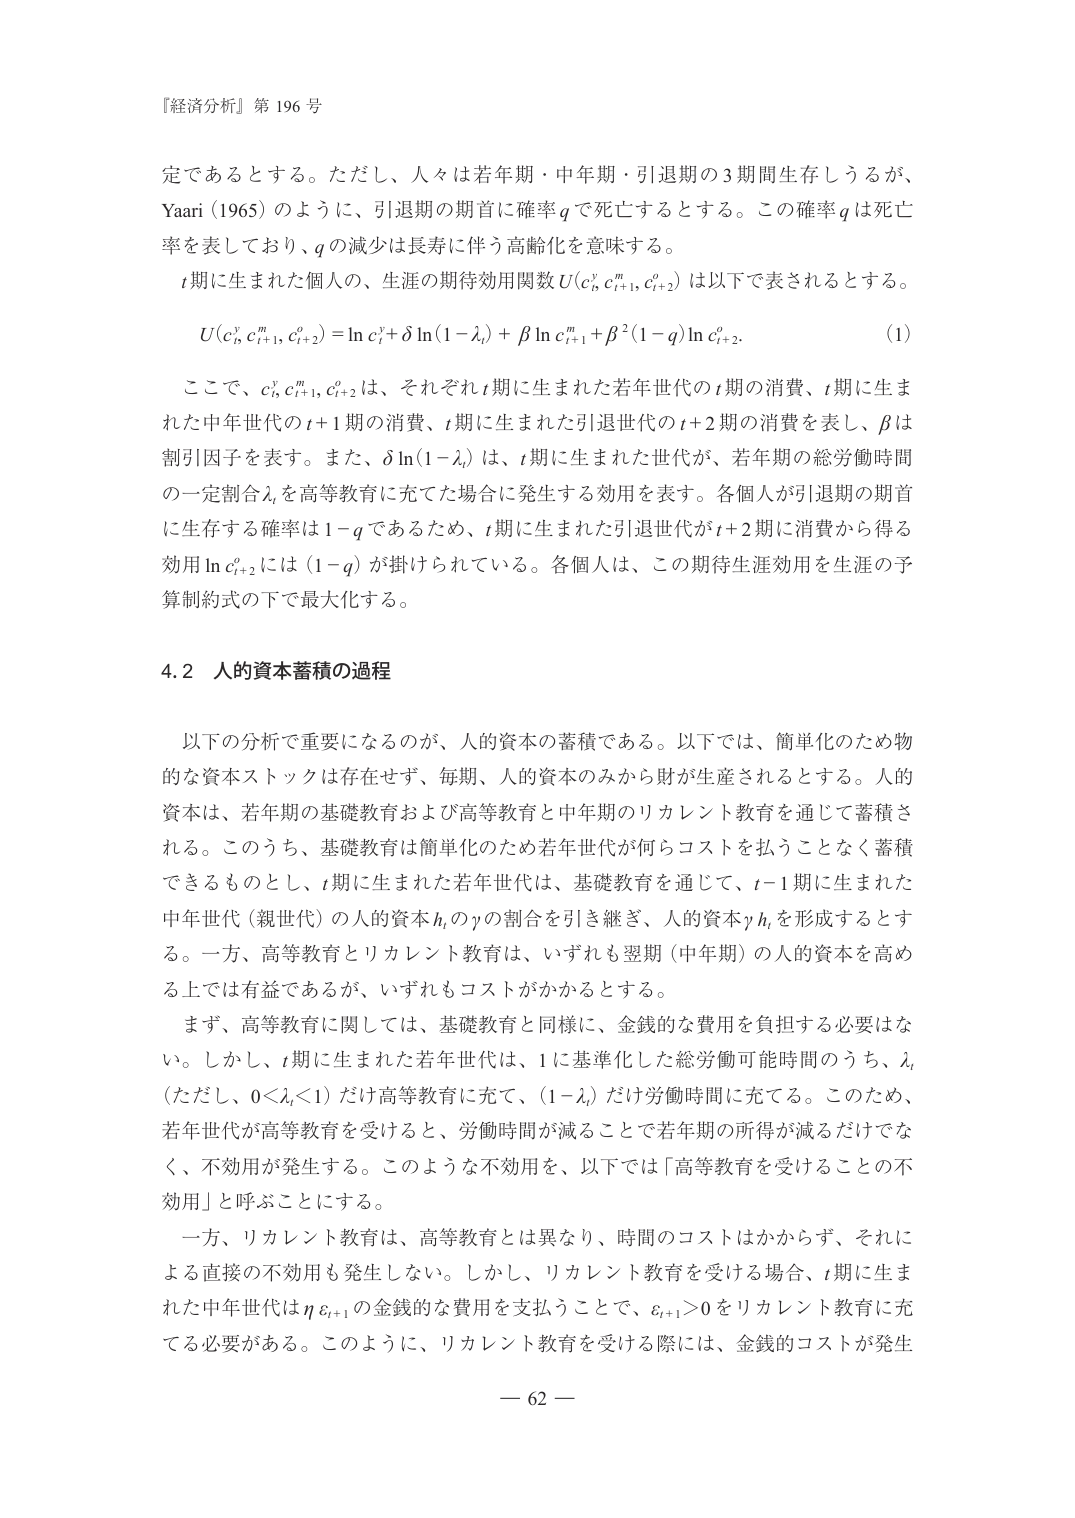
『経済分析』第 196 号

定であるとする。ただし、人々は若年期・中年期・引退期の3期間生存しうるが、Yaari（1965）のように、引退期の期首に確率 q で死亡するとする。この確率 q は死亡率を表しており、q の減少は長寿に伴う高齢化を意味する。

t 期に生まれた個人の、生涯の期待効用関数 U(c_t^y, c_{t+1}^m, c_{t+2}^o) は以下で表されるとする。

U(c_t^y, c_{t+1}^m, c_{t+2}^o) = ln c_t^y + δ ln(1−λ_t) + β ln c_{t+1}^m + β^2(1−q) ln c_{t+2}^o.　　(1)

ここで、c_t^y, c_{t+1}^m, c_{t+2}^o は、それぞれ t 期に生まれた若年世代の t 期の消費、t 期に生まれた中年世代の t+1 期の消費、t 期に生まれた引退世代の t+2 期の消費を表し、β は割引因子を表す。また、δ ln(1−λ_t) は、t 期に生まれた世代が、若年期の総労働時間の一定割合 λ_t を高等教育に充てた場合に発生する効用を表す。各個人が引退期の期首に生存する確率は 1−q であるため、t 期に生まれた引退世代が t+2 期に消費から得る効用 ln c_{t+2}^o には (1−q) が掛けられている。各個人は、この期待生涯効用を生涯の予算制約式の下で最大化する。

4.2 人的資本蓄積の過程

以下の分析で重要になるのが、人的資本の蓄積である。以下では、簡単化のため物的な資本ストックは存在せず、毎期、人的資本のみから財が生産されるとする。人的資本は、若年期の基礎教育および高等教育と中年期のリカレント教育を通じて蓄積される。このうち、基礎教育は簡単化のため若年世代が何らコストを払うことなく蓄積できるものとし、t 期に生まれた若年世代は、基礎教育を通じて、t−1 期に生まれた中年世代（親世代）の人的資本 h_t の γ の割合を引き継ぎ、人的資本 γ h_t を形成するとする。一方、高等教育とリカレント教育は、いずれも翌期（中年期）の人的資本を高める上では有益であるが、いずれもコストがかかるとする。

まず、高等教育に関しては、基礎教育と同様に、金銭的な費用を負担する必要はない。しかし、t 期に生まれた若年世代は、1 に基準化した総労働可能時間のうち、λ_t（ただし、0<λ_t<1）だけ高等教育に充て、(1−λ_t) だけ労働時間に充てる。このため、若年世代が高等教育を受けると、労働時間が減ることで若年期の所得が減るだけでなく、不効用が発生する。このような不効用を、以下では「高等教育を受けることの不効用」と呼ぶことにする。

一方、リカレント教育は、高等教育とは異なり、時間のコストはかからず、それによる直接の不効用も発生しない。しかし、リカレント教育を受ける場合、t 期に生まれた中年世代は η e_{t+1} の金銭的な費用を支払うことで、e_{t+1}>0 をリカレント教育に充てる必要がある。このように、リカレント教育を受ける際には、金銭的コストが発生

— 62 —